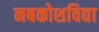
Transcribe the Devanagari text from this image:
नबकोशविद्या